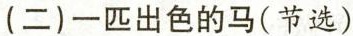
(二)一匹出色的马(节选)